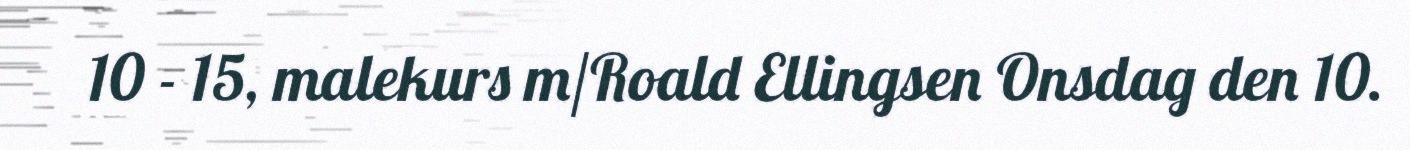
10 - 15, malekurs m/Roald Ellingsen Onsdag den 10.